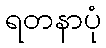
ရတနာပုံ